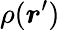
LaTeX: \rho({\boldsymbol{r}}^{\prime})